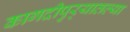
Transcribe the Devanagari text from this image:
कागदीपुर्‍यातल्या